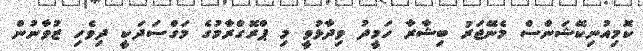
ކޮމިއުނިކޭޝަންސް މެނޭޖަރު ބިޝާރާ ހަމީދު ވިދާޅުވީ މި ޕްރޮގްރާމުގެ މަގްސަދަކީ ދިވެހި ޒުވާނުން